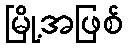
မြို့အဖြစ်